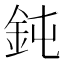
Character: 鈍